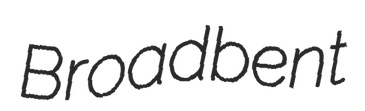
Broadbent